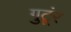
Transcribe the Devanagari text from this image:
गुटूंर